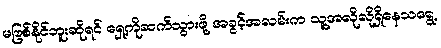
မဖြစ်နိုင်ဘူးဆိုရင် ရှေ့ကိုဆက်သွားဖို့ အခွင့်အလမ်းက သူ့အလိုလိုရှိနေသရွေ့